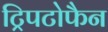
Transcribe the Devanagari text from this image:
ट्रिपटोफैन